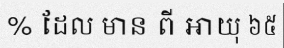
% ដែល មាន ពី អាយុ ៦៥